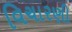
વિચારણી